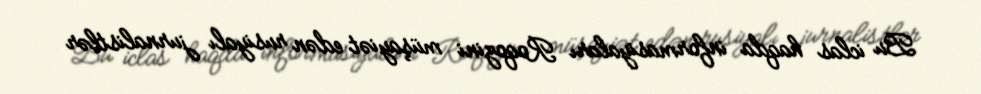
Bu iclas haqda informasiyaları Roqozini müşayiət edən rusiyalı jurnalistlər